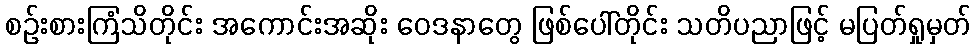
စဉ်းစားကြံသိတိုင်း အကောင်းအဆိုး ဝေဒနာတွေ ဖြစ်ပေါ်တိုင်း သတိပညာဖြင့် မပြတ်ရှုမှတ်